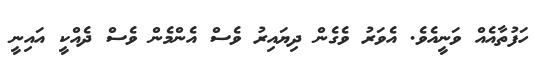
ހަފުތާއެއް ވަނީއެވެ. އެވަރު ވެގެން ދިޔައިރު ވެސް އެންމެން ވެސް ދެއްކީ އައިނީ